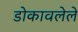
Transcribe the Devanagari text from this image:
डोकावलेले